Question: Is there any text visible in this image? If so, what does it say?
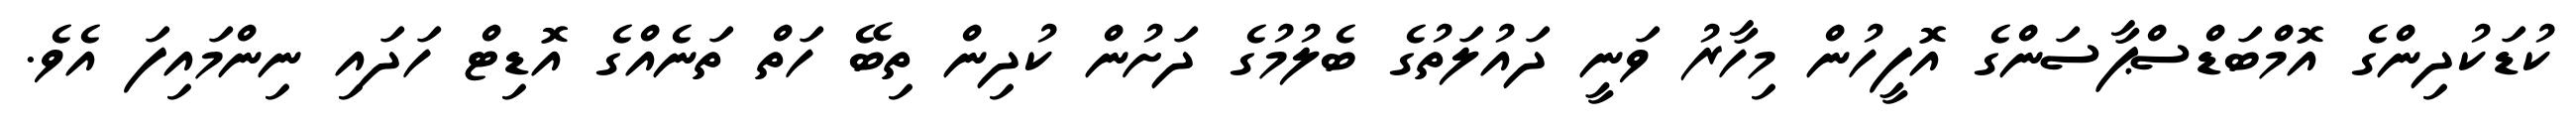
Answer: ކުޑަކުދިންގެ އޮމްބަޑްސްޕާސަންގެ އޮފީހުން މިހާރު ވަނީ ދައުލަތުގެ ބެލުމުގެ ދަށުން ކުދިން ތިބޭ ހަތް ތަނެއްގެ އޮޑިޓް ހަދައި ނިންމައިފަ އެވެ.